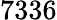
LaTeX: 7336